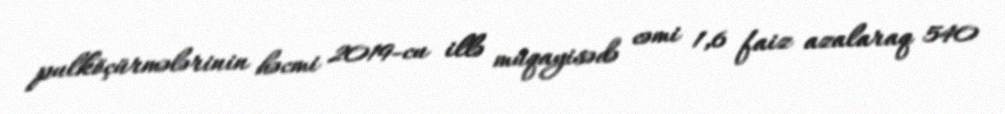
pulköçürmələrinin həcmi 2019-cu illə müqayisədə cəmi 1,6 faiz azalaraq 540